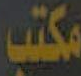
مكتب